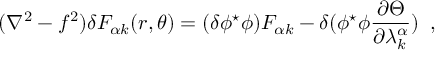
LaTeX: ( \nabla ^ { 2 } - f ^ { 2 } ) \delta F _ { \alpha k } ( r , \theta ) = ( \delta \phi ^ { \star } \phi ) F _ { \alpha k } - \delta ( \phi ^ { \star } \phi \frac { \partial \Theta } { \partial \lambda _ { k } ^ { \alpha } } ) \; \; ,